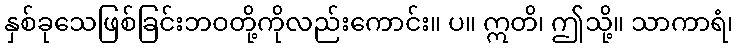
နှစ်ခုသေဖြစ်ခြင်းဘဝတို့ကိုလည်းကောင်း။ ပ။ ဣတိ၊ ဤသို့။ သာကာရံ၊